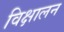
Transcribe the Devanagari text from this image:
विक्षालन